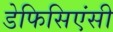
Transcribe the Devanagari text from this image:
डेफिसिएंसी